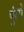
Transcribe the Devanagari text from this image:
पुंजो